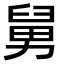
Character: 舅